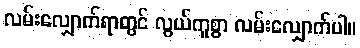
လမ်းလျှောက်ရာတွင် လွယ်ကူစွာ လမ်းလျှောက်ပါ။